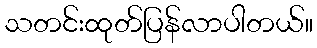
သတင်းထုတ်ပြန်လာပါတယ်။